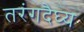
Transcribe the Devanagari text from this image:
तरंगदैघ्य